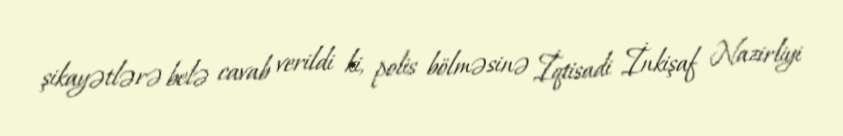
şikayətlərə belə cavab verildi ki, polis bölməsinə İqtisadi İnkişaf Nazirliyi